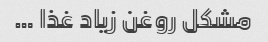
مشکل روغن زیاد غذا …